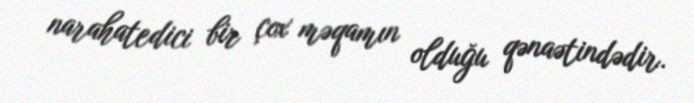
narahatedici bir çox məqamın olduğu qənaətindədir.